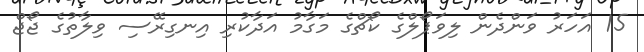
15 އަހަރު ވަންދެން ލިވަޕޯލްގެ ކޯޗްގެ މަގާމު އަދާކުރި އިނގިރޭސި ވިލާތުގެ ޖޯޖް